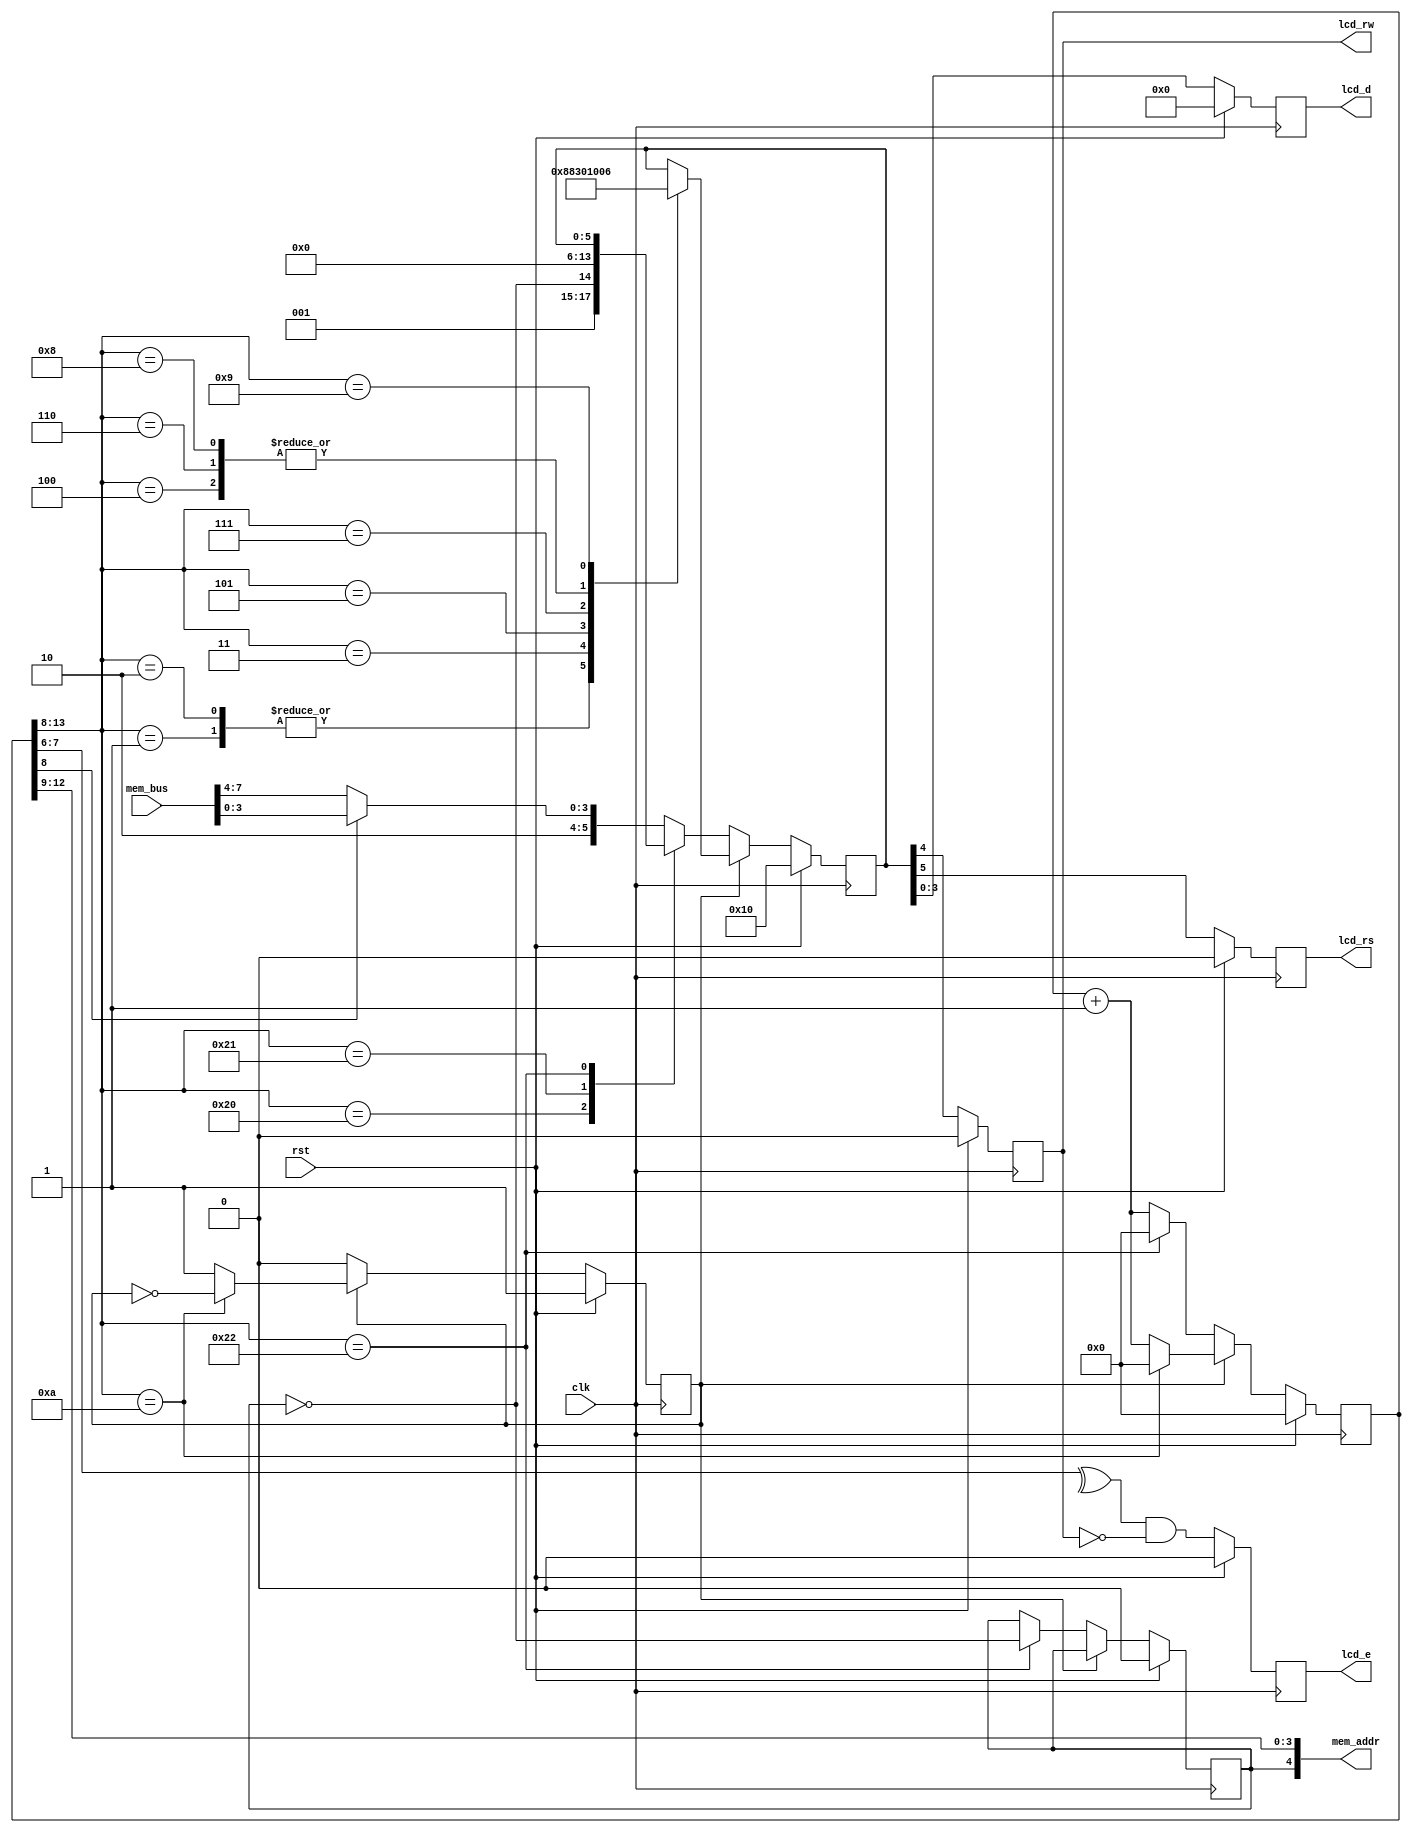
`timescale 1ns / 1ps
//////////////////////////////////////////////////////////////////////////////////
// Company: 
// Engineer: 
// 
// Design Name: 
// Module Name:    lcd 
// Project Name: 
// Target Devices: 
// Tool versions: 
// Description: 
//
// Dependencies: 
//
// Revision: 
// Revision 0.01 - File Created
// Additional Comments: 
//
//////////////////////////////////////////////////////////////////////////////////
module lcd_driver (
	input            clk,
	input				  rst,
	output reg       lcd_rs,
	output reg       lcd_rw,
	output reg       lcd_e,
	output reg [7:4] lcd_d,
	output     [4:0] mem_addr,
	input      [7:0] mem_bus
	);
	
	parameter        n = 25;
	parameter        j = 6;           // Initialization is slow, runs at clk/2^(j+2) ~95Hz
	parameter        k = 6;           // Writing/seeking is fast, clk/2^(k_2) ~6KHz
	parameter        noop = 6'b010000; // Allows LCD to drive lcd_d, can be safely written any time
	
	reg        [n:0] count;
	reg        [5:0] lcd_state;
	reg              init;          // Start in initialization on power on
	reg              row;          // Writing to top or or bottom row
	
	assign mem_addr = {row, count[k+6:k+3]};

	always @ (posedge clk) begin
	if(rst) begin
	count<=0;
	lcd_state<=noop;
	init<=1;
	row<=0;
	lcd_rs<=0;
	lcd_rw<=0;
	lcd_e<=0;
	lcd_d<=0;
	end
	else begin
		count <= count + 1;
		if (init) begin                    // initalization
			case (count[j+7:j+2])
				1: lcd_state <= 6'b000010;    // function set
				2: lcd_state <= 6'b000010;
				3: lcd_state <= 6'b001000;
				4: lcd_state <= 6'b000000;    // display on/off control
				5: lcd_state <= 6'b001100;
				6: lcd_state <= 6'b000000;    // display clear
				7: lcd_state <= 6'b000001;
				8: lcd_state <= 6'b000000;    // entry mode set
				9: lcd_state <= 6'b000110;
				10: begin init <= ~init; count <= 0; end
			endcase
			// Write lcd_state to the LCD and turn lcd_e high for the middle half of each lcd_state
			{lcd_e,lcd_rs,lcd_rw,lcd_d[7:4]} <= {(^count[j+1:j+0] & ~lcd_rw),lcd_state}; 
		end else begin                                                              // Continuously update screen from memory
			case (count[k+7:k+2]) 
				32: lcd_state <= {3'b001,~row,2'b00};                                 // Move cursor to begining of next line
				33: lcd_state <= 6'b000000;
				34: begin count <= 0; row <= ~row; end                                // Restart and switch which row is being written
				default: lcd_state <= {2'b10, ~count[k+2] ? mem_bus[7:4] : mem_bus[3:0]}; // Pull characters from bus
			endcase
			// Write lcd_state to the LCD and turn lcd_e high for the middle half of each lcd_state
			{lcd_e,lcd_rs,lcd_rw,lcd_d[7:4]} <= {(^count[k+1:k+0] & ~lcd_rw),lcd_state};
		end
	end
	end
endmodule